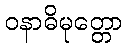
ဝနာဓိမုတ္တော